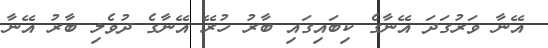
އޭނާ ވަރުގަދަ އޭނާގެ ކިބައިގައި ބާރު ހުރޭ އޭނާގެ ދުވެލި ބާރު އޭނާ